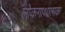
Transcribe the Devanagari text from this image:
लोकगाथात्मक